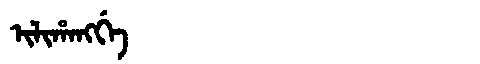
Manchu: ᡳᠯᡳᡥᠠᠩᡤᡝ
Romanization: ILIHANGGE